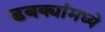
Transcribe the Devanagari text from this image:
डबक्यांमध्ये